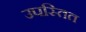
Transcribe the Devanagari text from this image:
उपस्तित